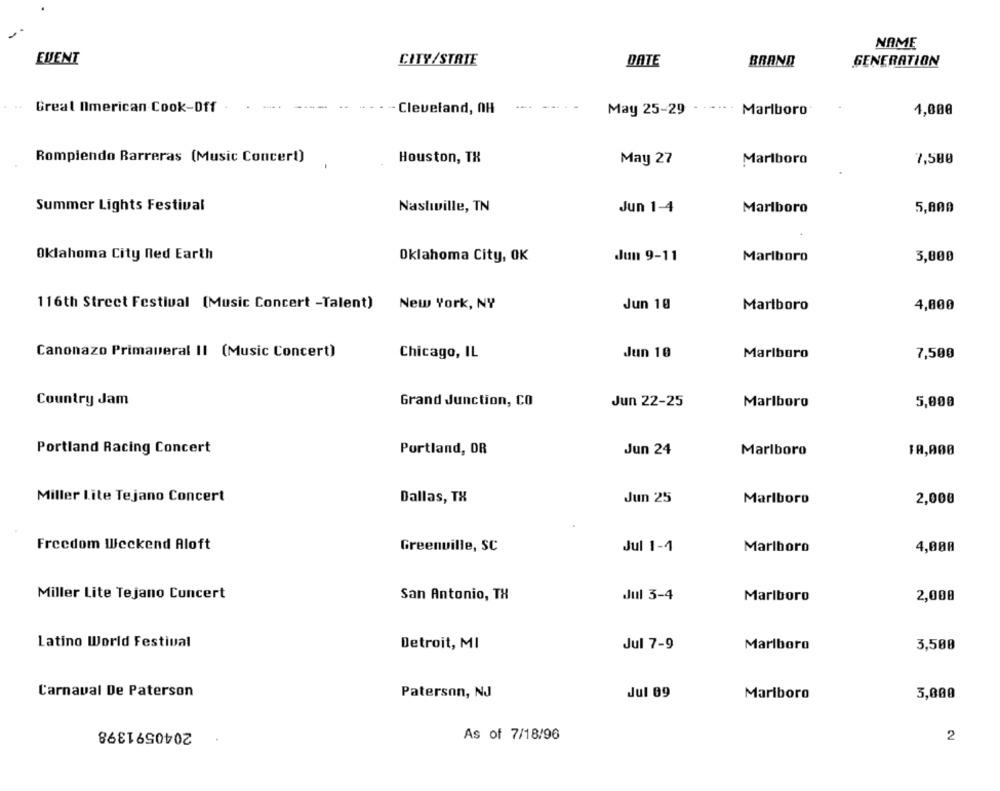
NAME
EVENT
CITY/STATE
DATE
BRAND
GENERATION
Great American Cook-Off
- Cleveland, OH
Marlboro
1,000
May 25-29
Rompiendo Rarreras (Music Concert)
Houston, TX
May 27
Marlboro
7,500
Summer Lights Festival
Nastwille, TN
Jun 1-4
Marlboro
5,800
Oklahoma City ned Earth
Oklahoma City, OK
dun 9-11
Marlboro
3,000
116th Street Festival (Music Concert -Talent) New York, NY
Jun 10
Marlboro
4,000
Canonazo Primaveral II (Music Concert)
Chicago, IL
Jun 10
Marlboro
7,500
Country Jam
Grand Junction, CO
Jun 22-25
Marlboro
5,000
Portland Racing Concert
Portland, OR
1A,000
Jun 24
Marlboro
Miller Lite Tejano Concert
Dallas, TX
Jun 25
Marlboro
2,000
Freedom Weekend Aloft
Greenville, SC
Jul 1-4
Marlboro
4,000
Miller Lite Tejano Concert
San Antonio, TX
Jul 3-4
Marlboro
2,000
Latino World Festival
Detroit, MI
Jul 7-9
Marlboro
3,500
Carnaval De Paterson
Paterson, NJ
Jul 09
Marlboro
3,000
2040591398
As of 7/18/96
2